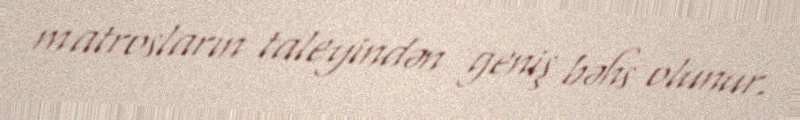
matrosların taleyindən geniş bəhs olunur.